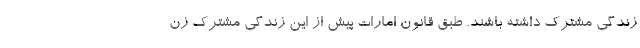
زندگی مشترک داشته باشند. طبق قانون امارات پیش از این زندگی مشترک زن